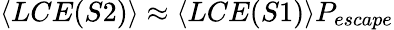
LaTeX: \langle LCE(S2)\rangle\approx\langle LCE(S1)\rangle P_{escape}